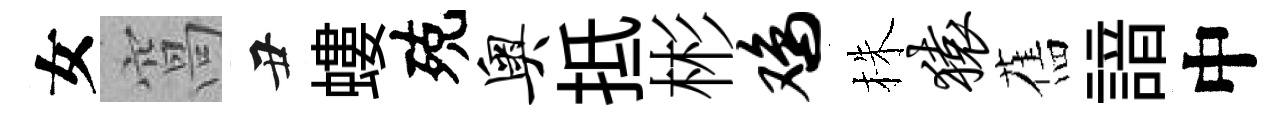
女窩丑螻殑奥抵彬鸡株猿舊諳中